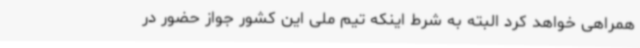
همراهی خواهد کرد البته به شرط اینکه تیم ملی این کشور جواز حضور در